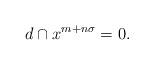
LaTeX: \begin{align*}d \cap x^{m+n\sigma} = 0.\end{align*}